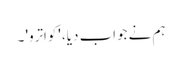
ہم نے جواب دیا، 'کواترو' ۔